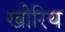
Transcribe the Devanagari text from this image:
खीरिय